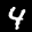
Label: 4